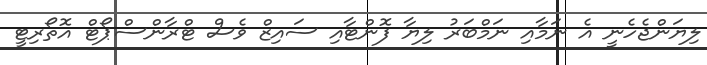
ލިޔަންޖެހެނީ އެ ނަމާއި ނަމްބަރު ލިޔާ ފޮންޓާއި ސައިޒް ވެސް ޓްރާންސްޕޯޓް އޮތޯރިޓީ